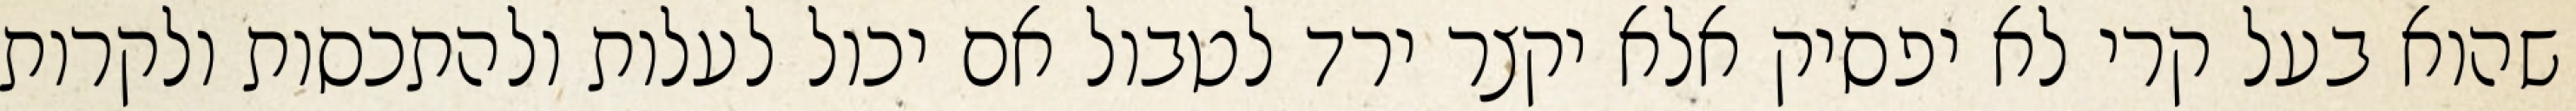
שהוא בעל קרי לא יפסיק אלא יקצר ירד לטבול אם יכול לעלות ולהתכסות ולקרות